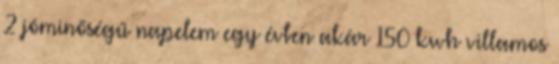
2 jóminőségű napelem egy évben akár 150 kwh villamos